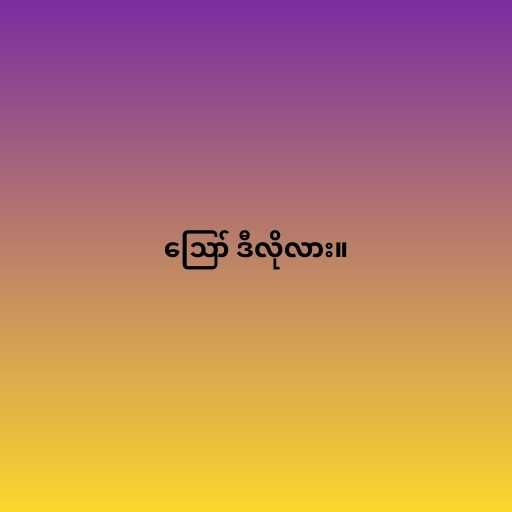
ဪ ဒီလိုလား။